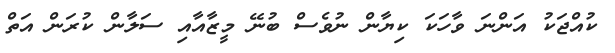
ކުއްޖަކު އަންނަ ވާހަކަ ކިޔާން ނުވެސް ބުނޭ މީޒާއާއި ސަލާން ކުރަން އަތް